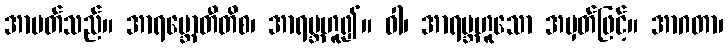
အာပတ်သည်။ အာရမ္ဘောတီတိစ၊ အာရမ္ဘဟူ၍။ ဝါ၊ အာရမ္ဘဟူသော အမှတ်ဖြင့်။ အာဂတာ၊